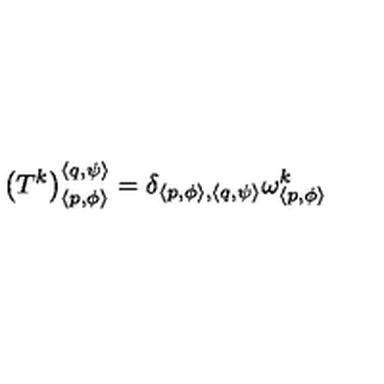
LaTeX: \left( T ^ { k } \right) _ { \left\langle p , \phi \right\rangle } ^ { \left\langle q , \psi \right\rangle } = \delta _ { \left\langle p , \phi \right\rangle , \left\langle q , \psi \right\rangle } \omega _ { \left\langle p , \phi \right\rangle } ^ { k }